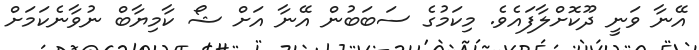
އޭނާ ވަނީ ދޫކޮށްލާފައެވެ. މިކަމުގެ ސަބަބުން އޭނާ އަށް ޝޯ ކާމިޔާބް ނުވާނެކަމަށް